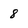
Character: 8